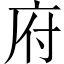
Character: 府